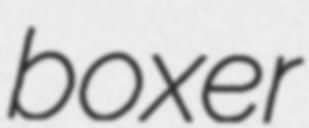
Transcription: boxer